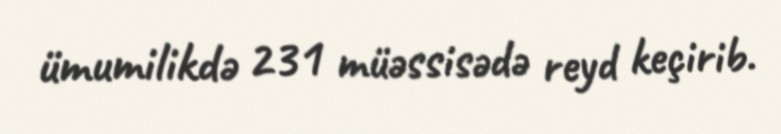
ümumilikdə 231 müəssisədə reyd keçirib.